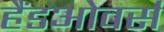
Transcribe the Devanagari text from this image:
हैंडओवर्स